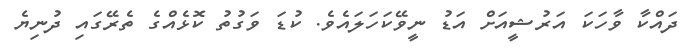
ދައްކާ ވާހަކަ އަރުޝީއަށް އަޑު ނީވޭކަހަލައެވެ. ކުޑަ ވަގުތު ކޮޅެއްގެ ތެރޭގައި ދުނިޔެ